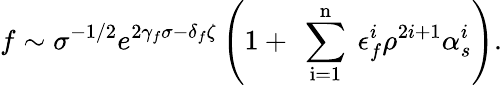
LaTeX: f\sim\sigma^{-1/2}e^{2\gamma_{f}\sigma-\delta_{f}\zeta}\left(1+\mathrm{~\sum_{i=1}^{n}~}\epsilon_{f}^{i}\rho^{2i+1}\alpha_{s}^{i}\right).